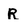
Character: R